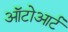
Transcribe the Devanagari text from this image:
ऑटोआर्ट